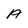
Character: A